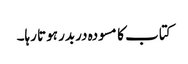
کتاب کا مسودہ دربدر ہوتا رہا۔